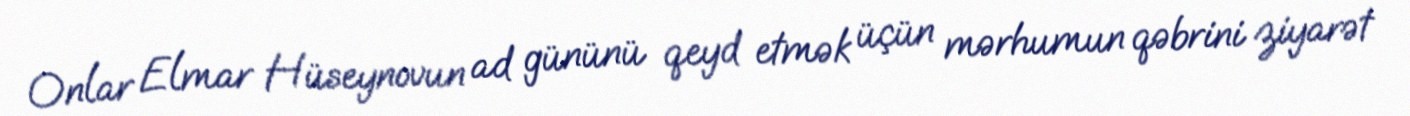
Onlar Elmar Hüseynovun ad gününü qeyd etmək üçün mərhumun qəbrini ziyarət